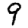
Digit: 9